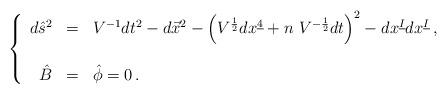
LaTeX: \begin{align*}\left\{\begin{array}{rcl}d\hat{s}^{2} & = & V^{-1}dt^{2} -d\vec{x}^{2}-\left( V^{\frac{1}{2}} dx^{\underline{4}}+n\ V^{-\frac{1}{2}}dt\right)^{2}-dx^{\underline{I}} dx^{\underline{I}}\, , \\& & \\\hat{B} & = & \hat{\phi} = 0\, .\\\end{array}\right.\end{align*}